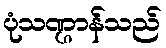
ပုံသဏ္ဌာန်သည်